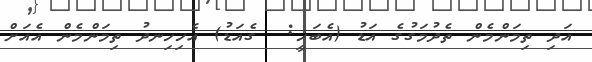
އަދި ތިމަންމެން ތެދުމަގުގެ އަޑު (އެބަހީ:  ގެއަޑު) އެހިހިނދު ތިމަންމެން އެއަށް